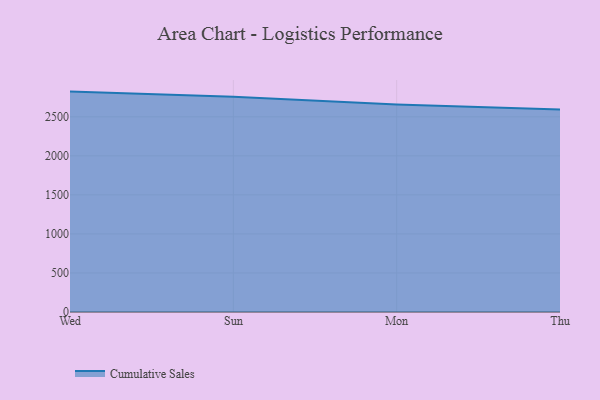
{"axis": {"x": "Day", "y": "Shipments"}, "legend": ["Cumulative Sales"], "data": [{"x": "Wed", "y": 2822.6, "type": "Cumulative Sales"}, {"x": "Sun", "y": 2755.4, "type": "Cumulative Sales"}, {"x": "Mon", "y": 2658.4, "type": "Cumulative Sales"}, {"x": "Thu", "y": 2592.4, "type": "Cumulative Sales"}]}